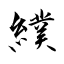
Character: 纀